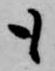
も